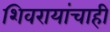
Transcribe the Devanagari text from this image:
शिवरायांचाही